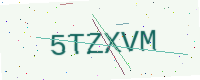
Text: 5TZXVM